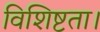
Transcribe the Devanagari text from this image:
विशिष्टता।